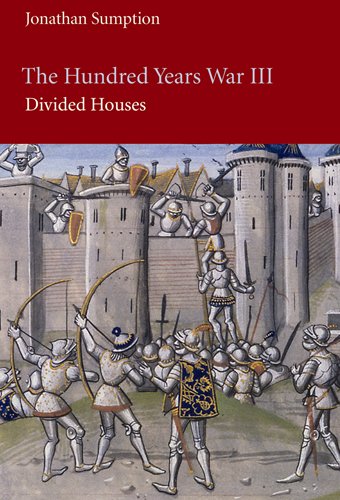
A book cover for The Hundred Years War, Volume 3: Divided Houses (The Middle Ages Series); Jonathan Sumption; History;